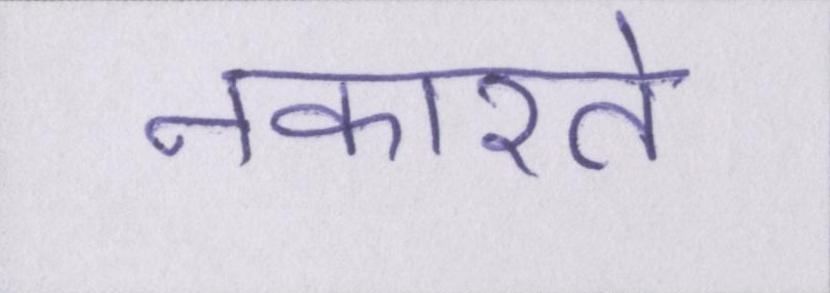
नकारते